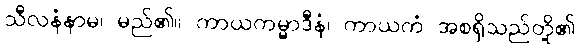
သီလနံနာမ၊ မည်၏။ ကာယကမ္မာဒီနံ၊ ကာယကံ အစရှိသည်တို့၏